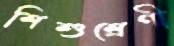
শিশুশ্রেণী